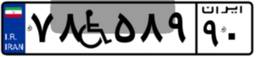
۷۸W۵۸۹۹۰